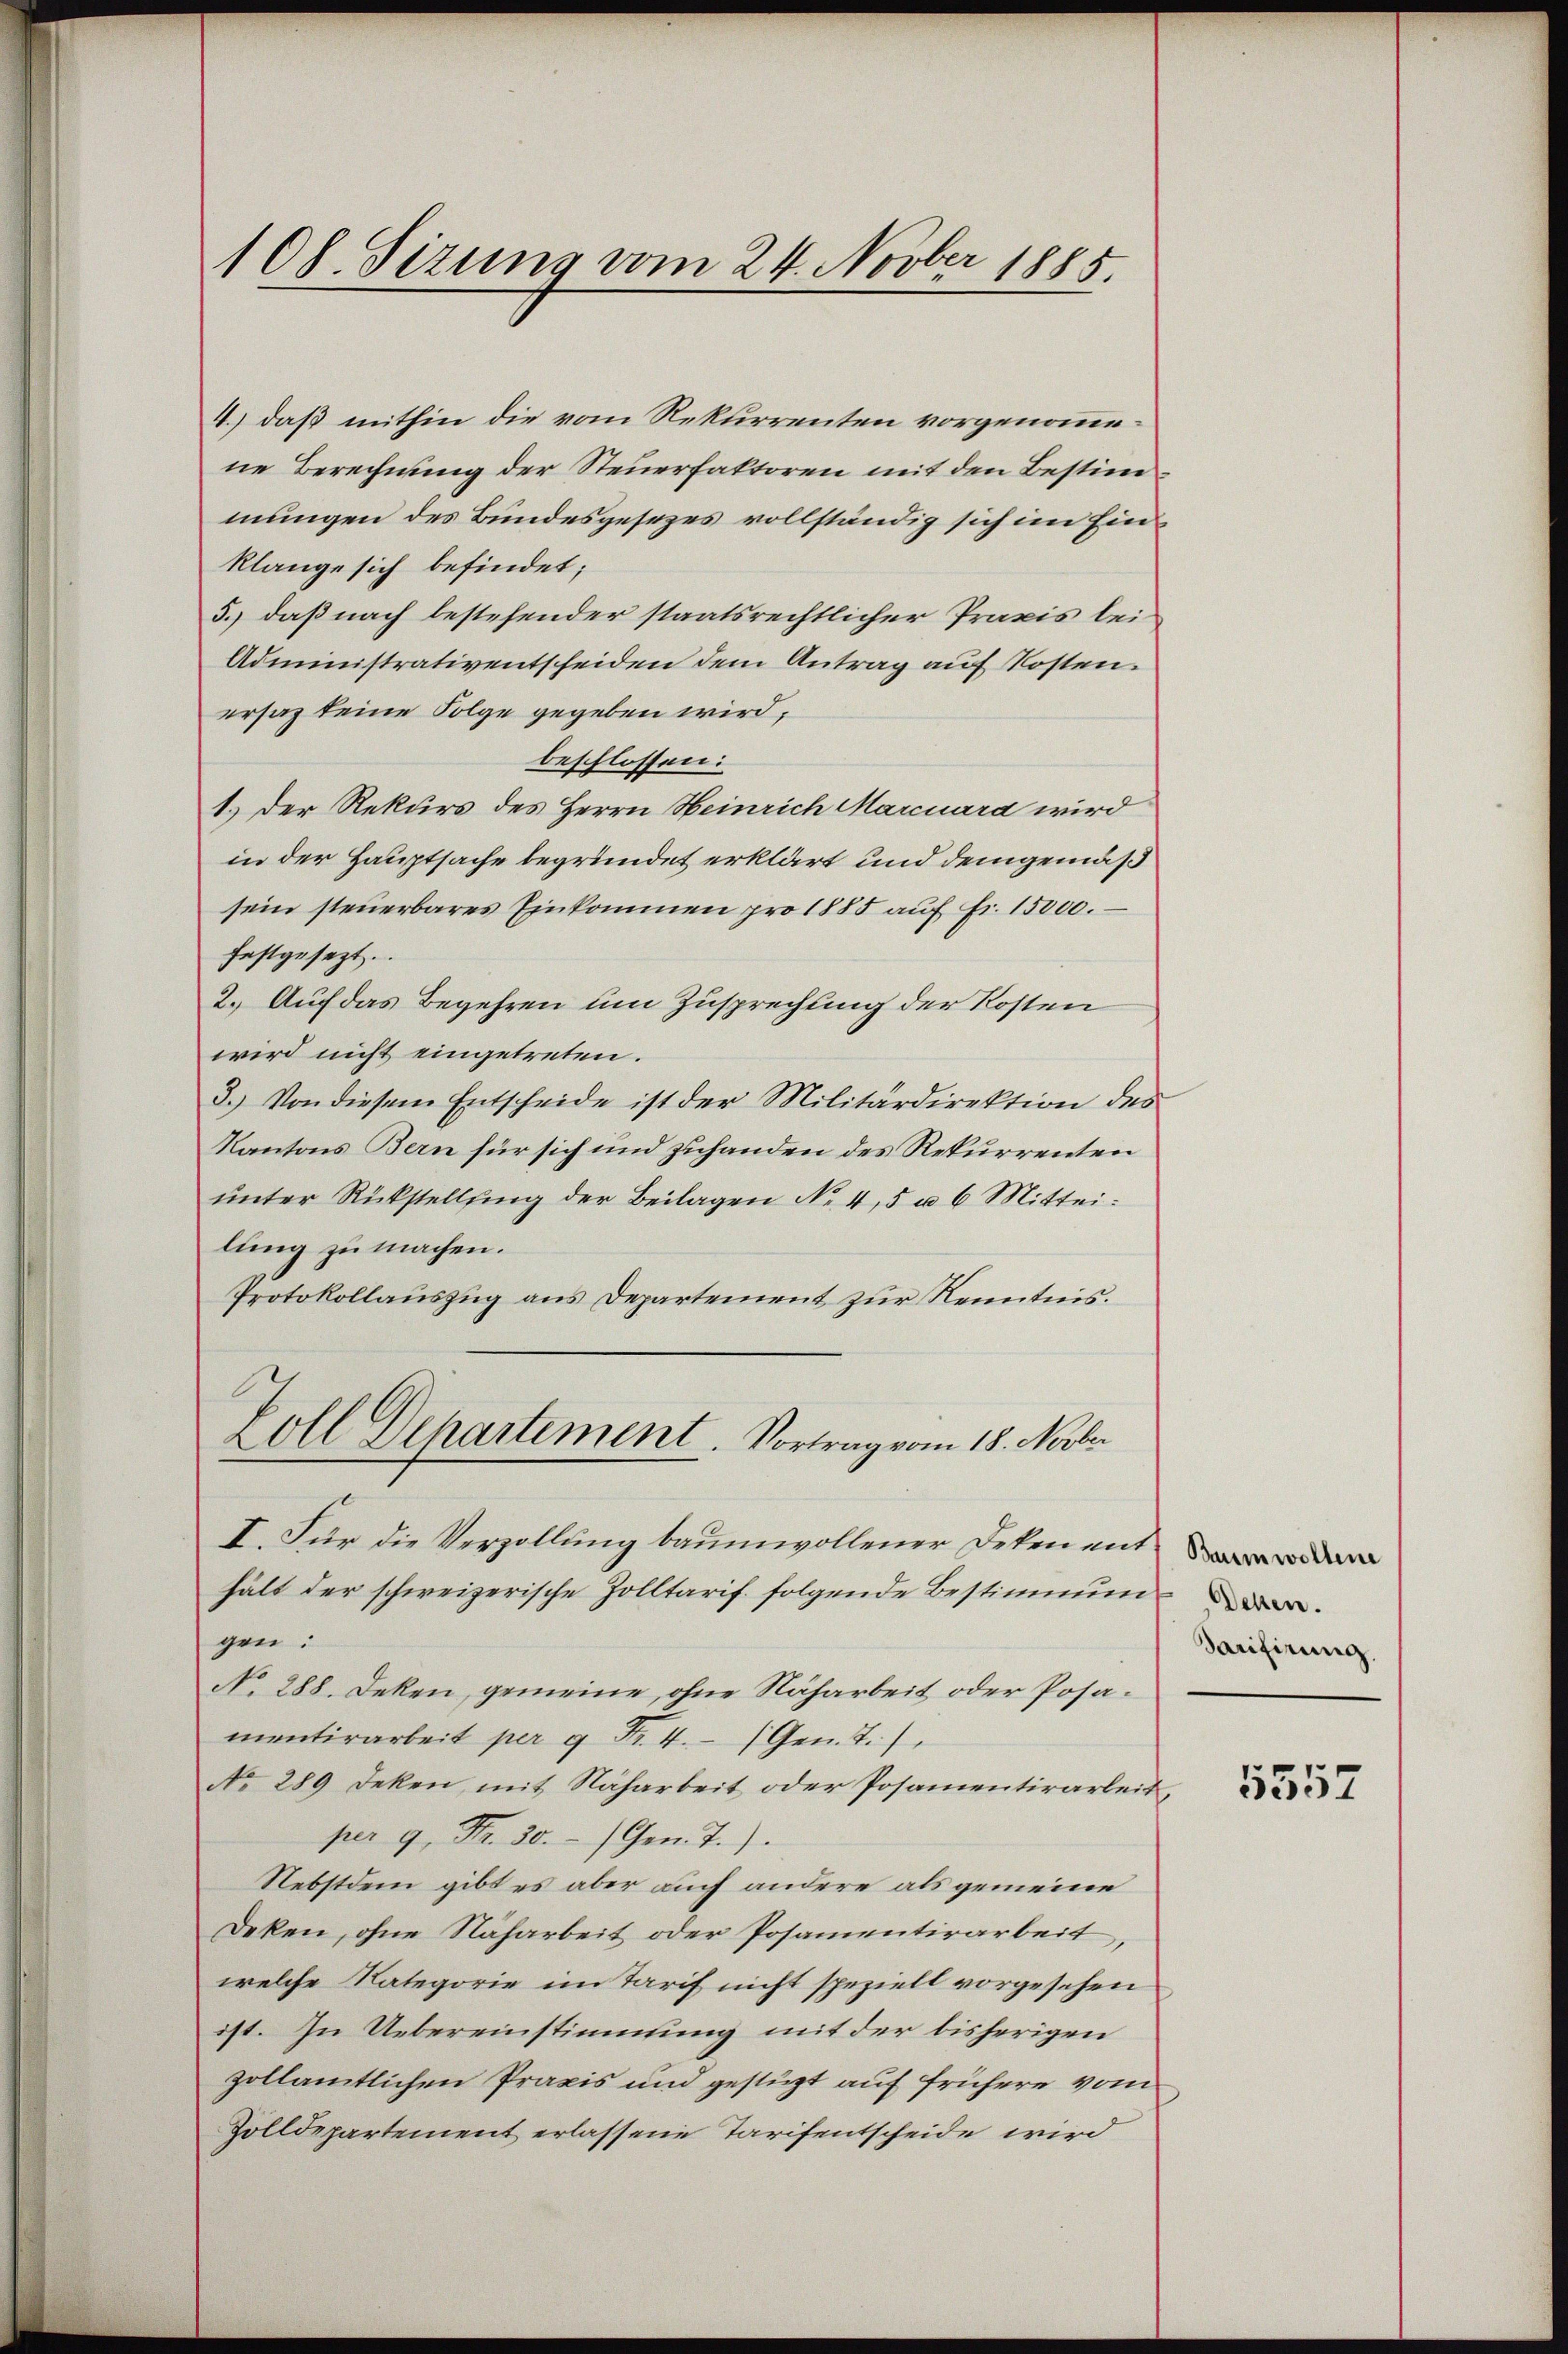
108. Sizung vom 24. Novber 1885.

4.) daß mithin die vom Rekurrenten vorgenommene Berechnung der Steuerfaktoren mit den Bestimmungen des Bundesgesezes vollständig sich im Einklange sich befindet;
5.) daß nach bestehender staatsrechtlicher Praxis lei¬
Administrativentscheiden dem Antrag auf Kosten.
ersaz keine Folge gegeben wird;
beschlossen:
1.) Der Rekurs des Herrn Heinrich Marcuard wird
in der Hauptsache begründet erklärt und demgemäß
sein steŭerbares Einkommen pro 1885 aŭf fr. 15000.
festgesezt.
2. Auf das Begehren um Zusprechung der Kosten
wird nicht eingetreten.
3.) Von diesem Entscheide ist der Militärdirektion des
Kantons Bern für sich und zuhanden des Rekurrenten
unter Rückstellung der Beilagen No 4,5 u 6 Mitteilung zu machen.
Protokollauszug aus Departement zur Kenntnis.
koll Dehartement Vortrag vom 18. Novbr
I. Für die Verzollung baumwollener Deken ent
hält der schweizerische Zolltarif folgende Bestimmun
gen:
No. 288. Deken, gemeine, ohne Naharbeit oder Posamentirarbeit per 9 Fr. 4. (Gen. T.)
No. 289 deken, mit Naharbeit oder Posamentirarbeit,
per 9. Fr. 30. Gen. T.)
Nebstdem gibt es aber auch andere als gemeine
Deken, ohne Naharbeit oder Posamentirarbeit,
welche Kategorie im Tarif nicht speziell vorgesehen
ist. In Uebereinstimmung mit der bisherigen
zollamtlichen Praxis und gestüzt auf frühere vom
Zolldepartement erlassene Tarifentscheide wird

Tarifirung.

5557